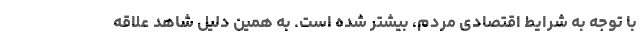
با توجه به شرایط اقتصادی مردم، بیشتر شده است. به همین دلیل شاهد علاقه